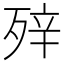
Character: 𰚀